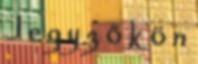
J e g y z ő k ö n